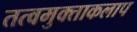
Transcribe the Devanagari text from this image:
तत्वमुक्ताकलाप